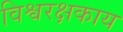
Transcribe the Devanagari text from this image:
विश्वरक्षकाय